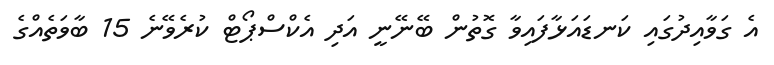
އެ ގަވާއިދުގައި ކަނޑައަޅާފައިވާ ގޮތުން ބޭނޭނީ އަދި އެކްސްޕޯޓް ކުރެވޭނެ 15 ބާވަތެއްގެ